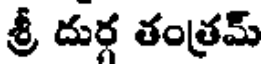
శ్రీ దుర్గ తంత్రమ్